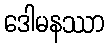
ဒေါမနဿာ